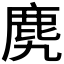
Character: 𪊌